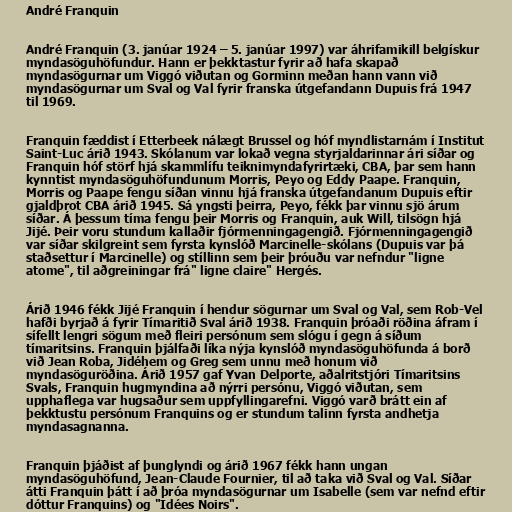
André Franquin

André Franquin (3. janúar 1924 – 5. janúar 1997) var áhrifamikill belgískur
myndasöguhöfundur. Hann er þekktastur fyrir að hafa skapað
myndasögurnar um Viggó viðutan og Gorminn meðan hann vann við
myndasögurnar um Sval og Val fyrir franska útgefandann Dupuis frá 1947
til 1969.

Franquin fæddist í Etterbeek nálægt Brussel og hóf myndlistarnám í Institut
Saint-Luc árið 1943. Skólanum var lokað vegna styrjaldarinnar ári síðar og
Franquin hóf störf hjá skammlífu teiknimyndafyrirtæki, CBA, þar sem hann
kynntist myndasöguhöfundunum Morris, Peyo og Eddy Paape. Franquin,
Morris og Paape fengu síðan vinnu hjá franska útgefandanum Dupuis eftir
gjaldþrot CBA árið 1945. Sá yngsti þeirra, Peyo, fékk þar vinnu sjö árum
síðar. Á þessum tíma fengu þeir Morris og Franquin, auk Will, tilsögn hjá
Jijé. Þeir voru stundum kallaðir fjórmenningagengið. Fjórmenningagengið
var síðar skilgreint sem fyrsta kynslóð Marcinelle-skólans (Dupuis var þá
staðsettur í Marcinelle) og stíllinn sem þeir þróuðu var nefndur "ligne
atome", til aðgreiningar frá" ligne claire" Hergés.

Árið 1946 fékk Jijé Franquin í hendur sögurnar um Sval og Val, sem Rob-Vel
hafði byrjað á fyrir Tímaritið Sval árið 1938. Franquin þróaði röðina áfram í
sífellt lengri sögum með fleiri persónum sem slógu í gegn á síðum
tímaritsins. Franquin þjálfaði líka nýja kynslóð myndasöguhöfunda á borð
við Jean Roba, Jidéhem og Greg sem unnu með honum við
myndasöguröðina. Árið 1957 gaf Yvan Delporte, aðalritstjóri Tímaritsins
Svals, Franquin hugmyndina að nýrri persónu, Viggó viðutan, sem
upphaflega var hugsaður sem uppfyllingarefni. Viggó varð brátt ein af
þekktustu persónum Franquins og er stundum talinn fyrsta andhetja
myndasagnanna.

Franquin þjáðist af þunglyndi og árið 1967 fékk hann ungan
myndasöguhöfund, Jean-Claude Fournier, til að taka við Sval og Val. Síðar
átti Franquin þátt í að þróa myndasögurnar um Isabelle (sem var nefnd eftir
dóttur Franquins) og "Idées Noirs".